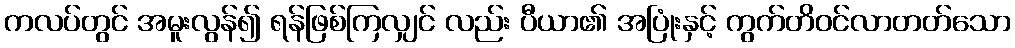
ကလပ်တွင် အမူးလွန်၍ ရန်ဖြစ်ကြလျှင် လည်း ပီယာ၏ အပြုံးနှင့် ကွက်တိဝင်လာတတ်သော